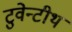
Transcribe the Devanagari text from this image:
टुवेन्टीथ